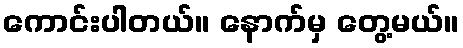
ကောင်းပါတယ်။ နောက်မှ တွေ့မယ်။